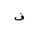
Letter: _fa